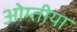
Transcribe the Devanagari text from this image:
ओम्तीया